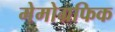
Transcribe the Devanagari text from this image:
मेमोग्रफिक